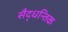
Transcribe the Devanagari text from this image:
सैद्धन्तिक